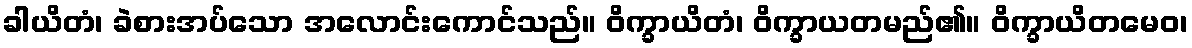
ခါယိတံ၊ ခဲစားအပ်သော အလောင်းကောင်သည်။ ဝိက္ခာယိတံ၊ ဝိက္ခာယတမည်၏။ ဝိက္ခာယိတမေဝ၊